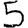
Digit: 5